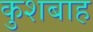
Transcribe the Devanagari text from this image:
कुशबाह